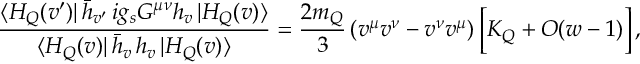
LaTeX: { \frac { \langle H _ { Q } ( v ^ { \prime } ) | \, \bar { h } _ { v ^ { \prime } } \, i g _ { s } G ^ { \mu \nu } h _ { v } \, | H _ { Q } ( v ) \rangle } { \langle H _ { Q } ( v ) | \, \bar { h } _ { v } \, h _ { v } \, | H _ { Q } ( v ) \rangle } } = { \frac { 2 m _ { Q } } { 3 } } \, ( v ^ { \mu } v ^ { \nu } - v ^ { \nu } v ^ { \mu } ) \, \Big [ K _ { Q } + { \cal { O } } ( w - 1 ) \Big ] \, ,